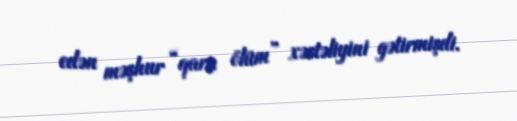
edən məşhur “qara ölüm” xəstəliyini gətirmişdi.